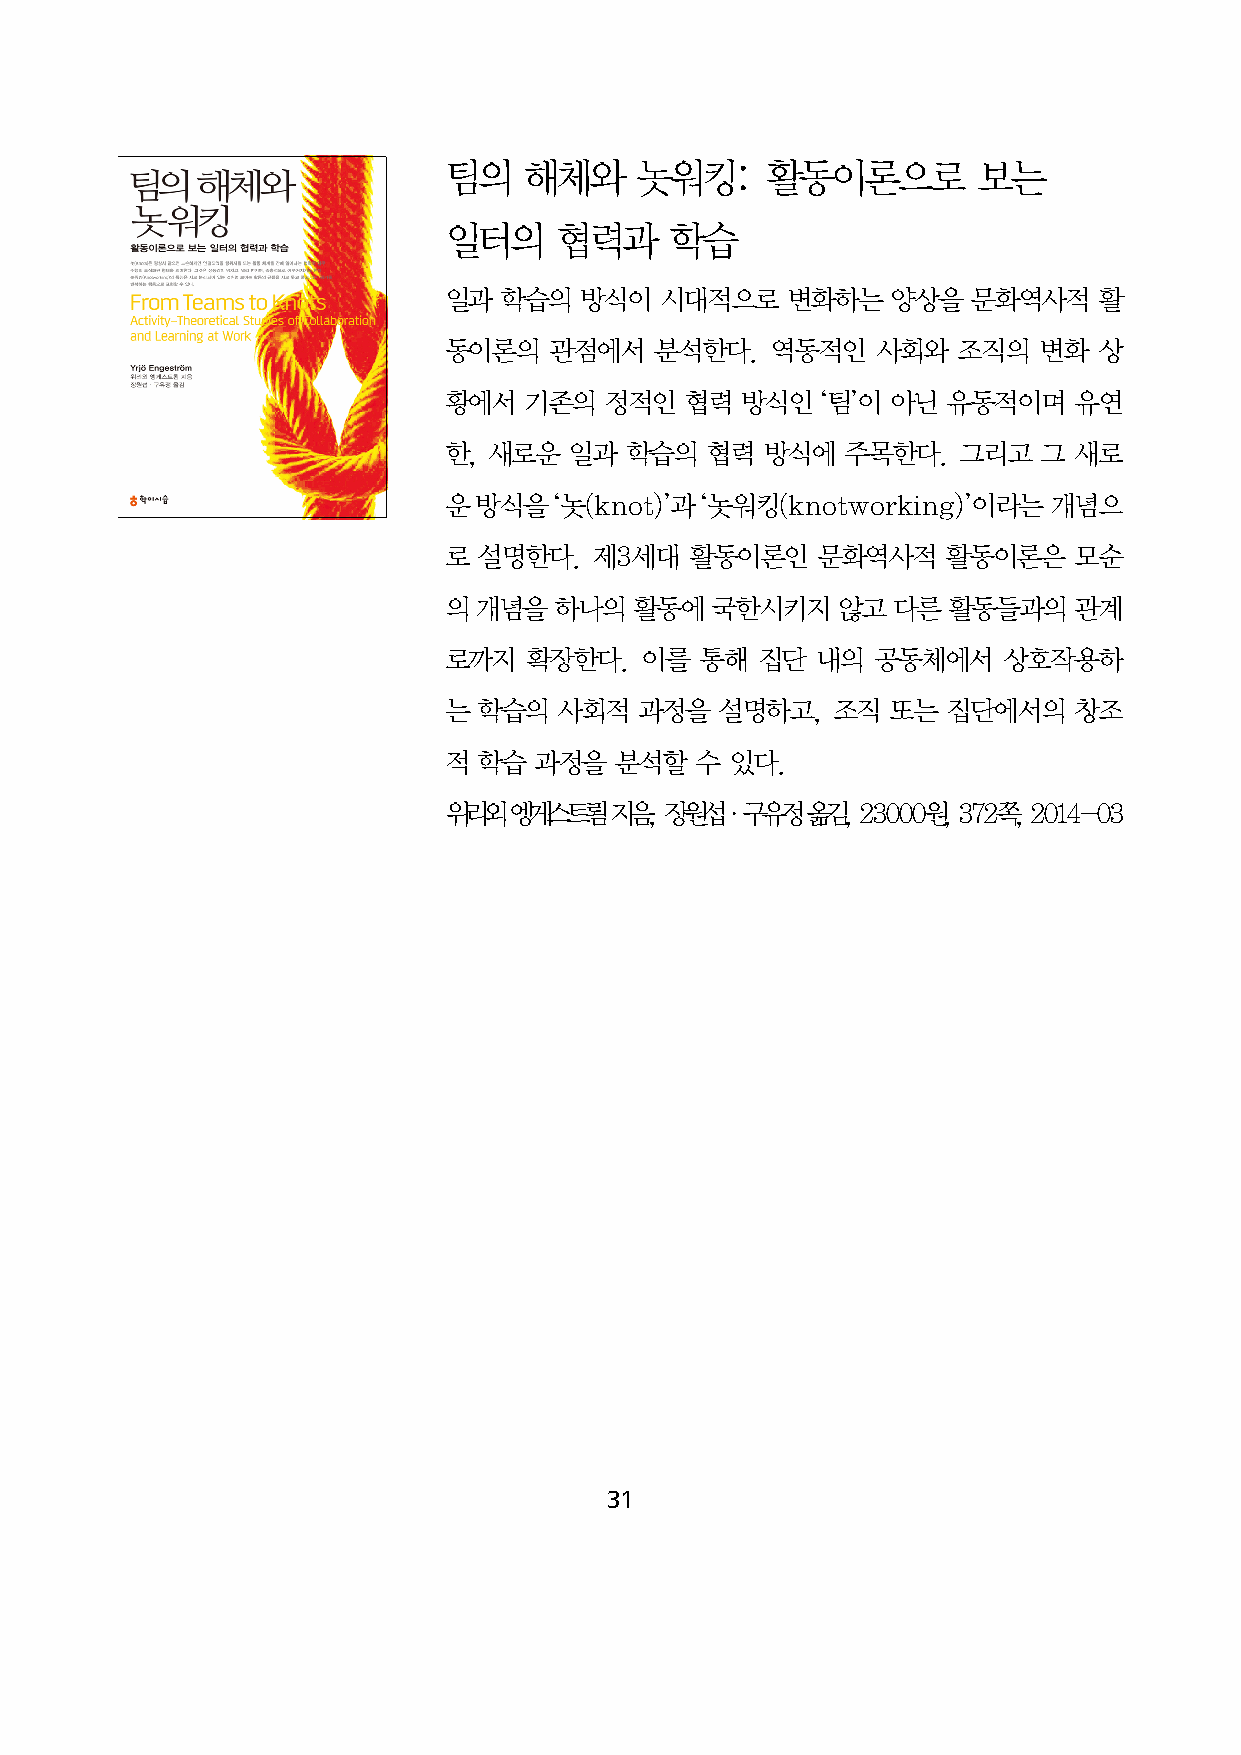
팀의    해체와    놋워킹:     활동이론으로        보는
 일터의     협력과    학습
 일과  학습의  방식이   시대적으로   변화하는   양상을  문화역사적    활
 동이론의   관점에서   분석한다.   역동적인   사회와  조직의   변화  상
 황에서   기존의  정적인  협력  방식인  ‘팀’이 아닌  유동적이며   유연
 한, 새로운   일과 학습의   협력  방식에  주목한다.   그리고  그 새로
 운  방식을  ‘놋(knot)’과 ‘놋워킹(knotworking)’이라는 개념으
 로  설명한다.  제3세대   활동이론인   문화역사적    활동이론은   모순
 의 개념을   하나의  활동에  국한시키지   않고  다른  활동들과의   관계
 로까지   확장한다.  이를  통해  집단  내의  공동체에서   상호작용하
 는  학습의  사회적  과정을   설명하고,  조직  또는  집단에서의   창조
 적  학습 과정을   분석할  수 있다.
 위리외  엥게스트룀 지음, 장원섭·구유정  옮김, 23000원, 372쪽, 2014-03
 31